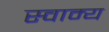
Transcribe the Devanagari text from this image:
स्वाम्य